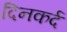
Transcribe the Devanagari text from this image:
दिनकर्द